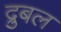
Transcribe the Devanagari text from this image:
द्रुबल